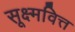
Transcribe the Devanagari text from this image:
सूक्ष्मवित्त